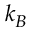
k _ { B }